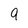
Character: 9